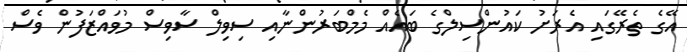
އޭގެ ތެރޭގައި އެރަށު ކައުންސިލްގެ ބައެއް މެމްބަރުންނާއި ސިވިލް ސާވިސް މުވައްޒަފުން ވެސް